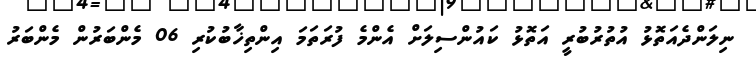
ނިލަންދެއަތޮޅު އުތުރުބުރީ އަތޮޅު ކައުންސިލަށް އެންމެ ފުރަތަމަ އިންތިޚާބުކުރި 06 މެންބަރުން މެންބަރު